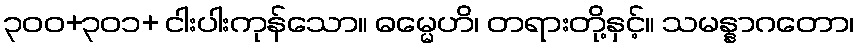
၃၀၀+၃၀၁+ ငါးပါးကုန်သော။ ဓမ္မေဟိ၊ တရားတို့နှင့်။ သမန္နာဂတော၊